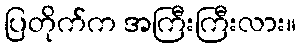
ပြတိုက်က အကြီးကြီးလား။